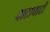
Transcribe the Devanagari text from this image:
वाटाघाटीं